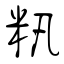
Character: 籸